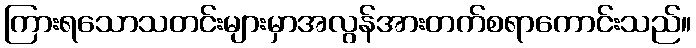
ကြားရသောသတင်းများမှာအလွန်အားတက်စရာကောင်းသည်။